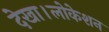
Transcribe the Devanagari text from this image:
देखा।लोकेशन